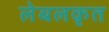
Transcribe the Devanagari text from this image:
लेबलकृत